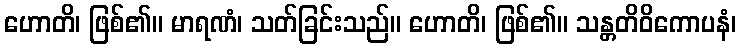
ဟောတိ၊ ဖြစ်၏။ မာရဏံ၊ သတ်ခြင်းသည်။ ဟောတိ၊ ဖြစ်၏။ သန္တတိဝိကောပနံ၊